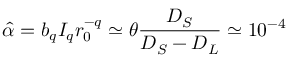
\hat { \alpha } = b _ { q } I _ { q } r _ { 0 } ^ { - q } \simeq \theta \frac { D _ { S } } { D _ { S } - D _ { L } } \simeq 1 0 ^ { - 4 }